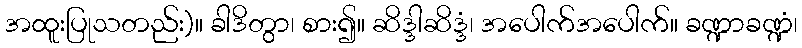
အထူးပြုသတည်း)။ ခါဒိတွာ၊ စား၍။ ဆိဒ္ဒါဆိဒ္ဒံ၊ အပေါက်အပေါက်။ ခဏ္ဍာခဏ္ဍံ၊